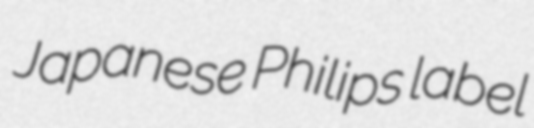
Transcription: Japanese Philips label